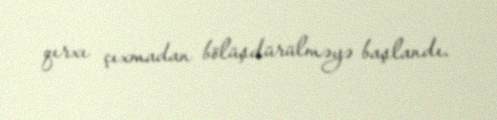
qırxı çıxmadan bölüşdürülməyə başlandı.